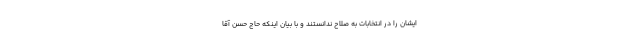
ایشان را در انتخابات به صلاح ندانستند و با بیان اینکه حاج حسن آقا